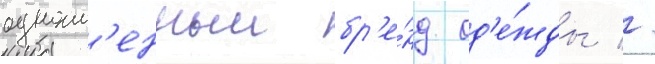
одноим'енныи бр'е́нд од'е́жды //